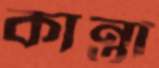
কান্তা